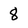
Character: 8